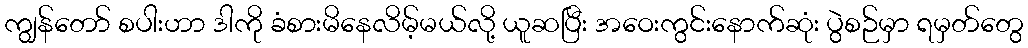
ကျွန်တော် စပါးဟာ ဒါကို ခံစားမိနေလိမ့်မယ်လို့ ယူဆပြီး အဝေးကွင်းနောက်ဆုံး ပွဲစဉ်မှာ ရမှတ်တွေ